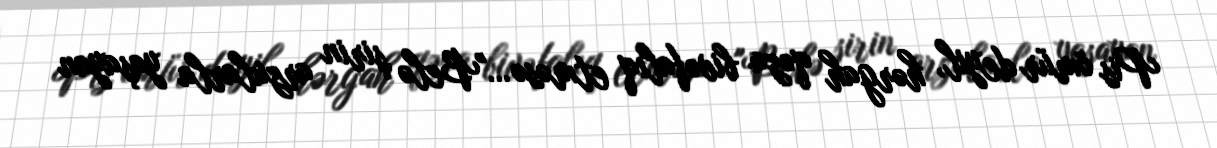
Pis ömür deyil, hərgah qəza bivəfalıq etməsə…"Belə şirin arzularla yaşayan